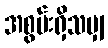
အစွမ်းရှိသမျှ